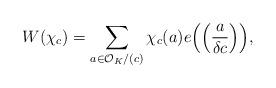
LaTeX: \begin{align*} W(\chi_c)=\sum_{a \in \mathcal{O}_{K}/(c)}\chi_c(a)e\Big ( \Big (\frac {a}{\delta c}\Big )\Big ),\end{align*}